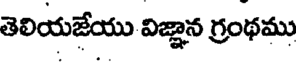
తెలియజేయు విజ్ఞాన గ్రంథము